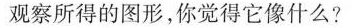
观察所得的图形，你觉得它像什么?